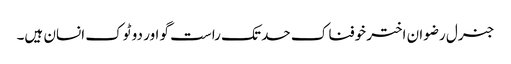
جنرل رضوان اختر خوفناک حد تک راست گو اور دو ٹوک انسان ہیں۔